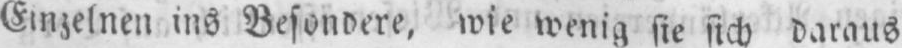
Einzelnen ins Besondere, wie wenig sie sich daraus